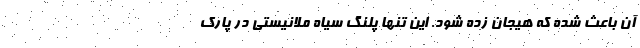
آن باعث شده که هیجان زده شود. این تنها پلنگ سیاه ملانیستی در پارک